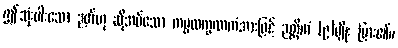
ဤသုံးပါးသော ဉတ်ဟု ဆိုအပ်သော ကမ္မလက္ခဏကံအားဖြင့် ဉတ္တိကံ (၉)မျိုး ပြား၏။